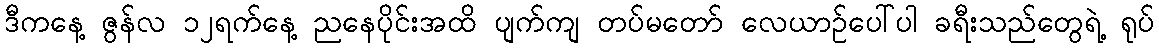
ဒီကနေ့ ဇွန်လ ၁၂ရက်နေ့ ညနေပိုင်းအထိ ပျက်ကျ တပ်မတော် လေယာဉ်ပေါ်ပါ ခရီးသည်တွေရဲ့ ရုပ်